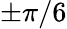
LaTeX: \pm\pi/6